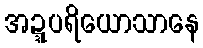
အဍ္ဍပရိယောသာနေ